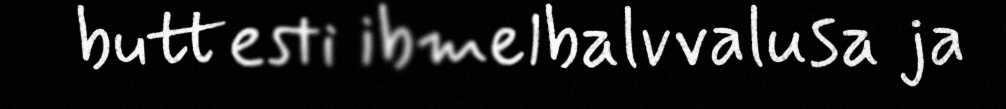
buttesti ibmelbalvvalusa ja